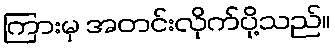
ကြားမှ အတင်းလိုက်ပို့သည်။